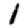
Digit: 1